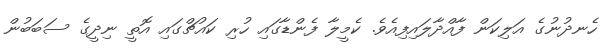
ހެނދުނުގެ އަލިކަން ފާއްދާލައިފިއެވެ. ކެމީލާ ފެންޑާގައި ހުރި ކައުޗްގައި އޮތީ ނިދީގެ ސަބަބުން